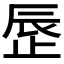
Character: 𬅾